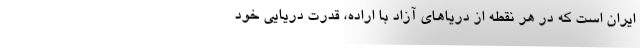
ایران است که در هر نقطه از دریاهای آزاد با اراده، قدرت دریایی خود